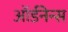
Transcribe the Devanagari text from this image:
ऑर्डनेन्स